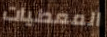
المعطيات